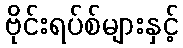
ဗိုင်းရပ်စ်များနှင့်